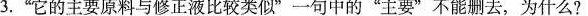
3.”它的主要原料与修正液比较类似”一句中的”主要”不能删去，为什么?